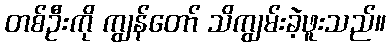
တစ်ဦးကို ကျွန်တော် သိကျွမ်းခဲ့ဖူးသည်။